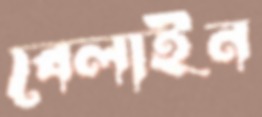
বেলাইন